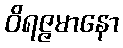
ဝိရဇ္ဇမာနော